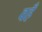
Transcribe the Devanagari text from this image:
वहँ